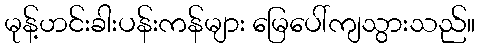
မုန့်ဟင်းခါးပန်းကန်များ မြေပေါ်ကျသွားသည်။